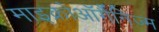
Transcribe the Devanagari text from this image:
माइक्रोऑर्गैनिज्म